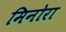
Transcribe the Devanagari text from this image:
मिनोरा